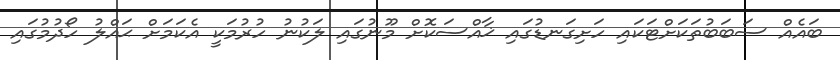
ބައެއް ސަބަބުތަކަށްޓަކައި ހަށިގަނޑުގައި ޚާއްސަކޮށް މޫނުގައި ލަކުނު ހުރުމަކީ އެކަމަށް ޙައްލު ހޯދުމުގައި